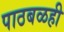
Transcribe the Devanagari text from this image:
पाठबळही